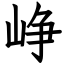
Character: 峥